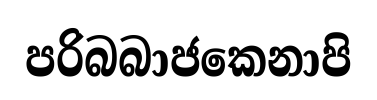
පරිබබාජකෙනාපි